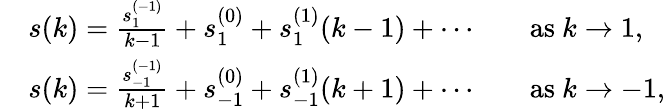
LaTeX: \begin{array}{rlrl}&{s(k)=\frac{s_{1}^{(-1)}}{k-1}+s_{1}^{(0)}+s_{1}^{(1)}(k-1)+\cdots}&&{\mathrm{as~}k\to 1,}\\ &{s(k)=\frac{s_{-1}^{(-1)}}{k+1}+s_{-1}^{(0)}+s_{-1}^{(1)}(k+1)+\cdots}&&{\mathrm{as~}k\to-1,}\end{array}